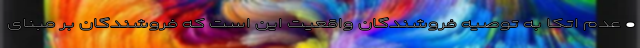
• عدم اتکا به توصیه فروشندگان واقعیت این است که فروشندگان بر مبنای